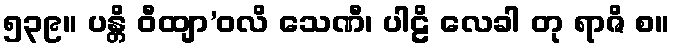
၅၃၉။ ပန္တိ ဝီထျာ’ဝလိ သေဏီ၊ ပါဠိ လေခါ တု ရာဇိ စ။